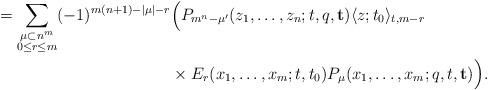
LaTeX: \begin{align*} = \sum_{\substack{\mu\subset n^m\\ 0\leq r\leq m}} (-1)^{m(n+1)-|\mu |-r}& \Bigl( P_{m^n-\mu^\prime} (z_1,\ldots ,z_n;t,q,\mathbf{t}) \langle z;t_0\rangle_{t,m-r} \\& \times E_{r}(x_1,\ldots,x_m;t,t_0) P_{\mu} (x_1,\ldots ,x_m;q,t,\mathbf{t}) \Bigr) .\end{align*}